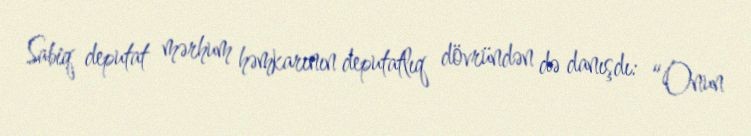
Sabiq deputat mərhum həmkarının deputatlıq dövründən də danışdı: “Onun